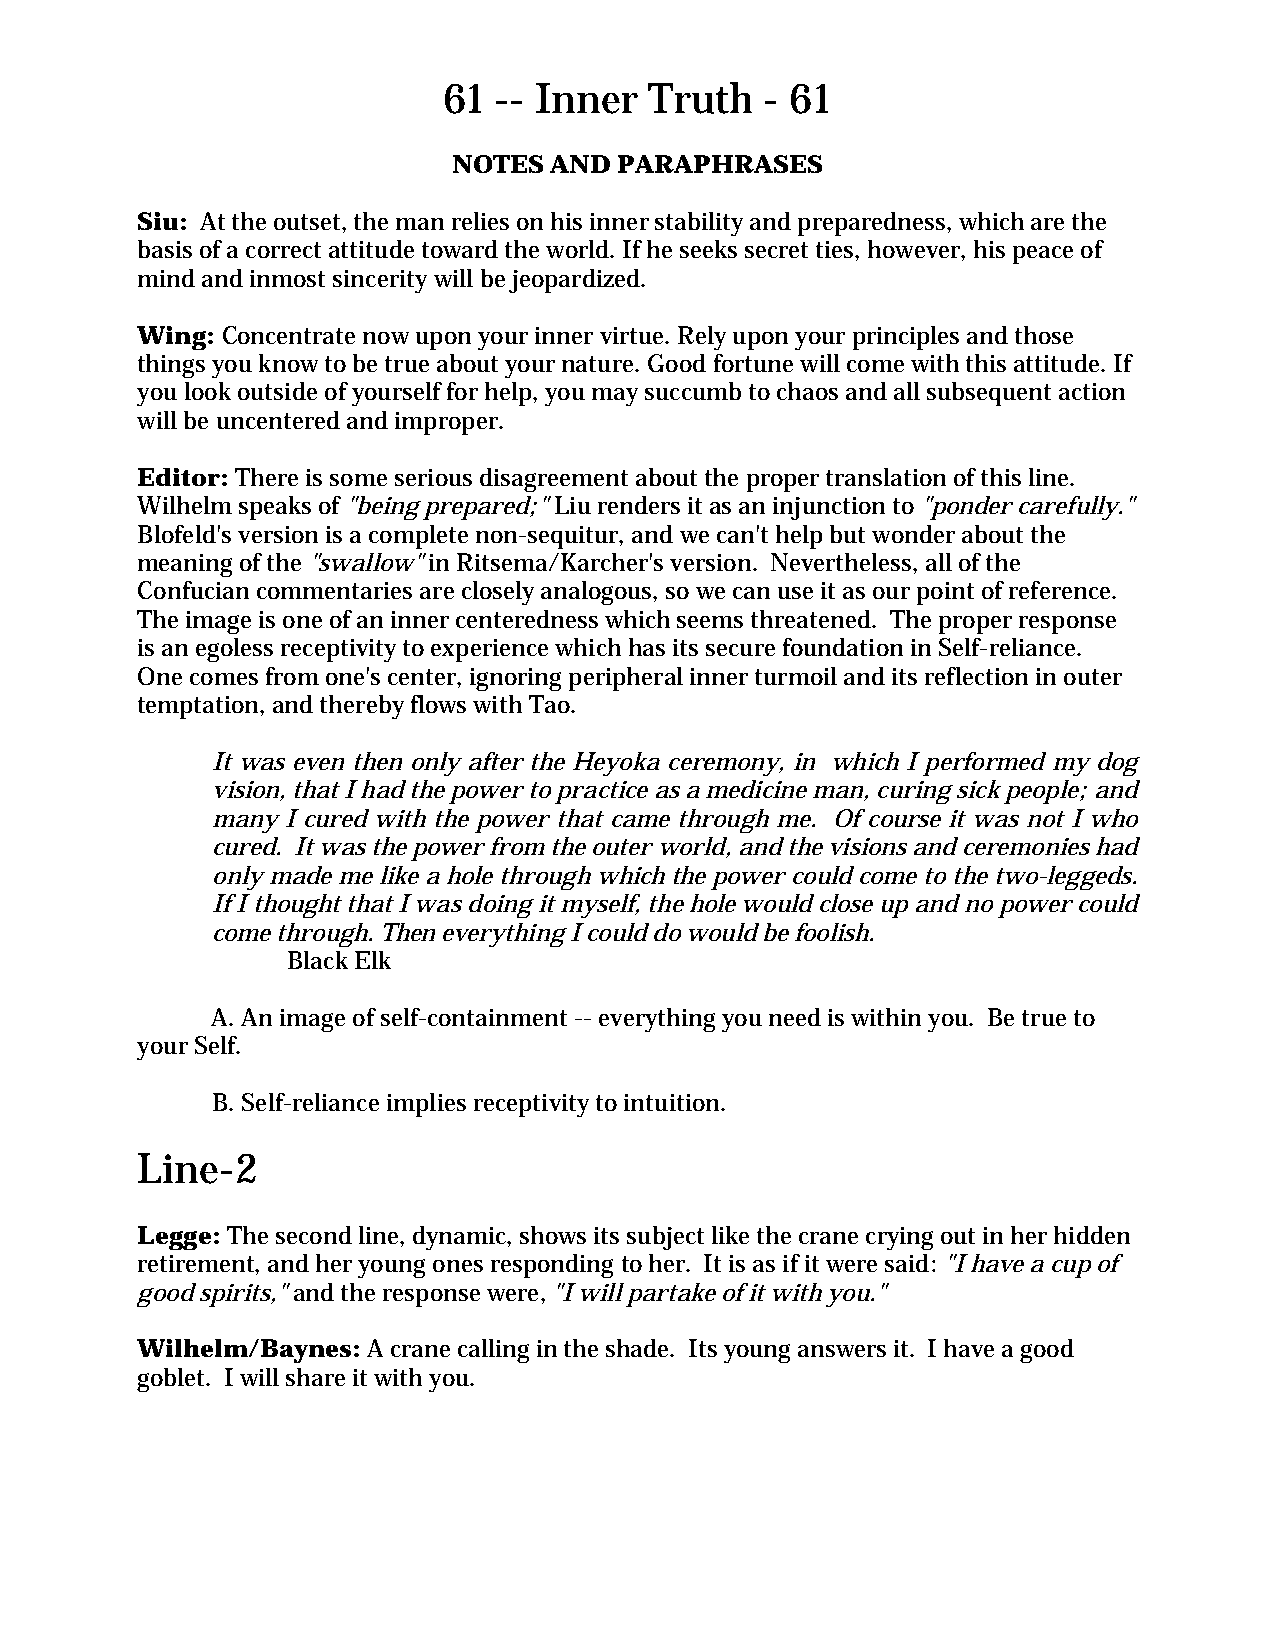
61  -- Inner  Truth   - 61
 NOTES AND  PARAPHRASES
 Siu: At the outset, the man relies on his inner stability and preparedness, which are the
 basis of a correct attitude toward the world. If he seeks secret ties, however, his peace of
 mind and inmost sincerity will be jeopardized.
 Wing: Concentrate now upon your inner virtue. Rely upon your principles and those
 things you know to be true about your nature. Good fortune will come with this attitude. If
 you look outside of yourself for help, you may succumb to chaos and all subsequent action
 will be uncentered and improper.
 Editor: There is some serious disagreement about the proper translation of this line.
 Wilhelm speaks of "being prepared;" Liu renders it as an injunction to "ponder carefully."
 Blofeld's version is a complete non-sequitur, and we can't help but wonder about the
 meaning of the "swallow" in Ritsema/Karcher's version. Nevertheless, all of the
 Confucian commentaries are closely analogous, so we can use it as our point of reference.
 The image is one of an inner centeredness which seems threatened. The proper response
 is an egoless receptivity to experience which has its secure foundation in Self-reliance.
 One comes from one's center, ignoring peripheral inner turmoil and its reflection in outer
 temptation, and thereby flows with Tao.
 It was even then only after the Heyoka ceremony, in which I performed my dog
 vision, that I had the power to practice as a medicine man, curing sick people; and
 many I cured with the power that came through me. Of course it was not I who
 cured. It was the power from the outer world, and the visions and ceremonies had
 only made me like a hole through which the power could come to the two-leggeds.
 If I thought that I was doing it myself, the hole would close up and no power could
 come through. Then everything I could do would be foolish.
 Black Elk
 A. An image of self-containment -- everything you need is within you. Be true to
 your Self.
 B. Self-reliance implies receptivity to intuition.
 Line-2
 Legge: The second line, dynamic, shows its subject like the crane crying out in her hidden
 retirement, and her young ones responding to her. It is as if it were said: "I have a cup of
 good spirits," and the response were, "I will partake of it with you."
 Wilhelm/Baynes: A crane calling in the shade. Its young answers it. I have a good
 goblet. I will share it with you.